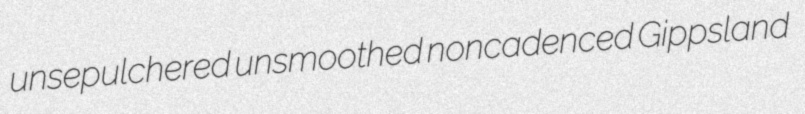
unsepulchered unsmoothed noncadenced Gippsland